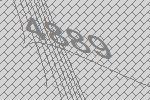
4889